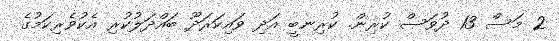
2 މަސް 13 ދުވަސް ކުރިން. ކުރިނބީ އަދި ވައިކަރަދޫ ބައްދަލުކުރި އެކުވެރިކަމުގެ